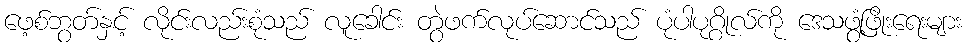
ဖေ့စ်ဘွတ်နှင့် လိုင်းလည်းစုံသည် လူခေါင်း တွဲဖက်လုပ်ဆောင်သည် ပုံပါပုဂ္ဂိုလ်ကို ဒေသဖွံ့ဖြိုးရေးများ